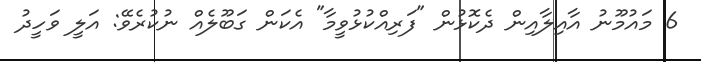
6 މައުމޫނު އާއިލާއިން ދެކޮޅުން "ފަރިއްކުޅުވީމާ" އެކަން ގަބޫލެއް ނުކުރެވޭ: އަލީ ވަހީދު